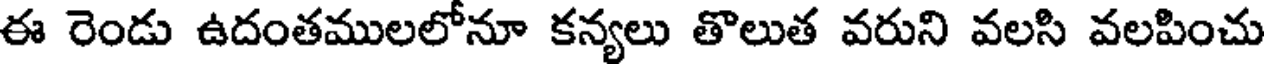
ఈ రెండు ఉదంతములలోనూ కన్యలు తొలుత వరుని వలసి వలపించు